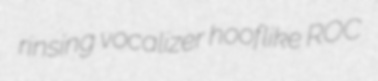
rinsing vocalizer hooflike ROC